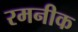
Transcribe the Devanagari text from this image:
रमनीक